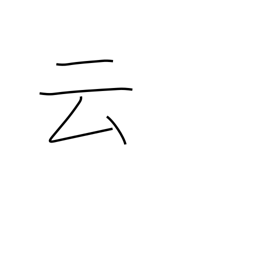
Meaning: say